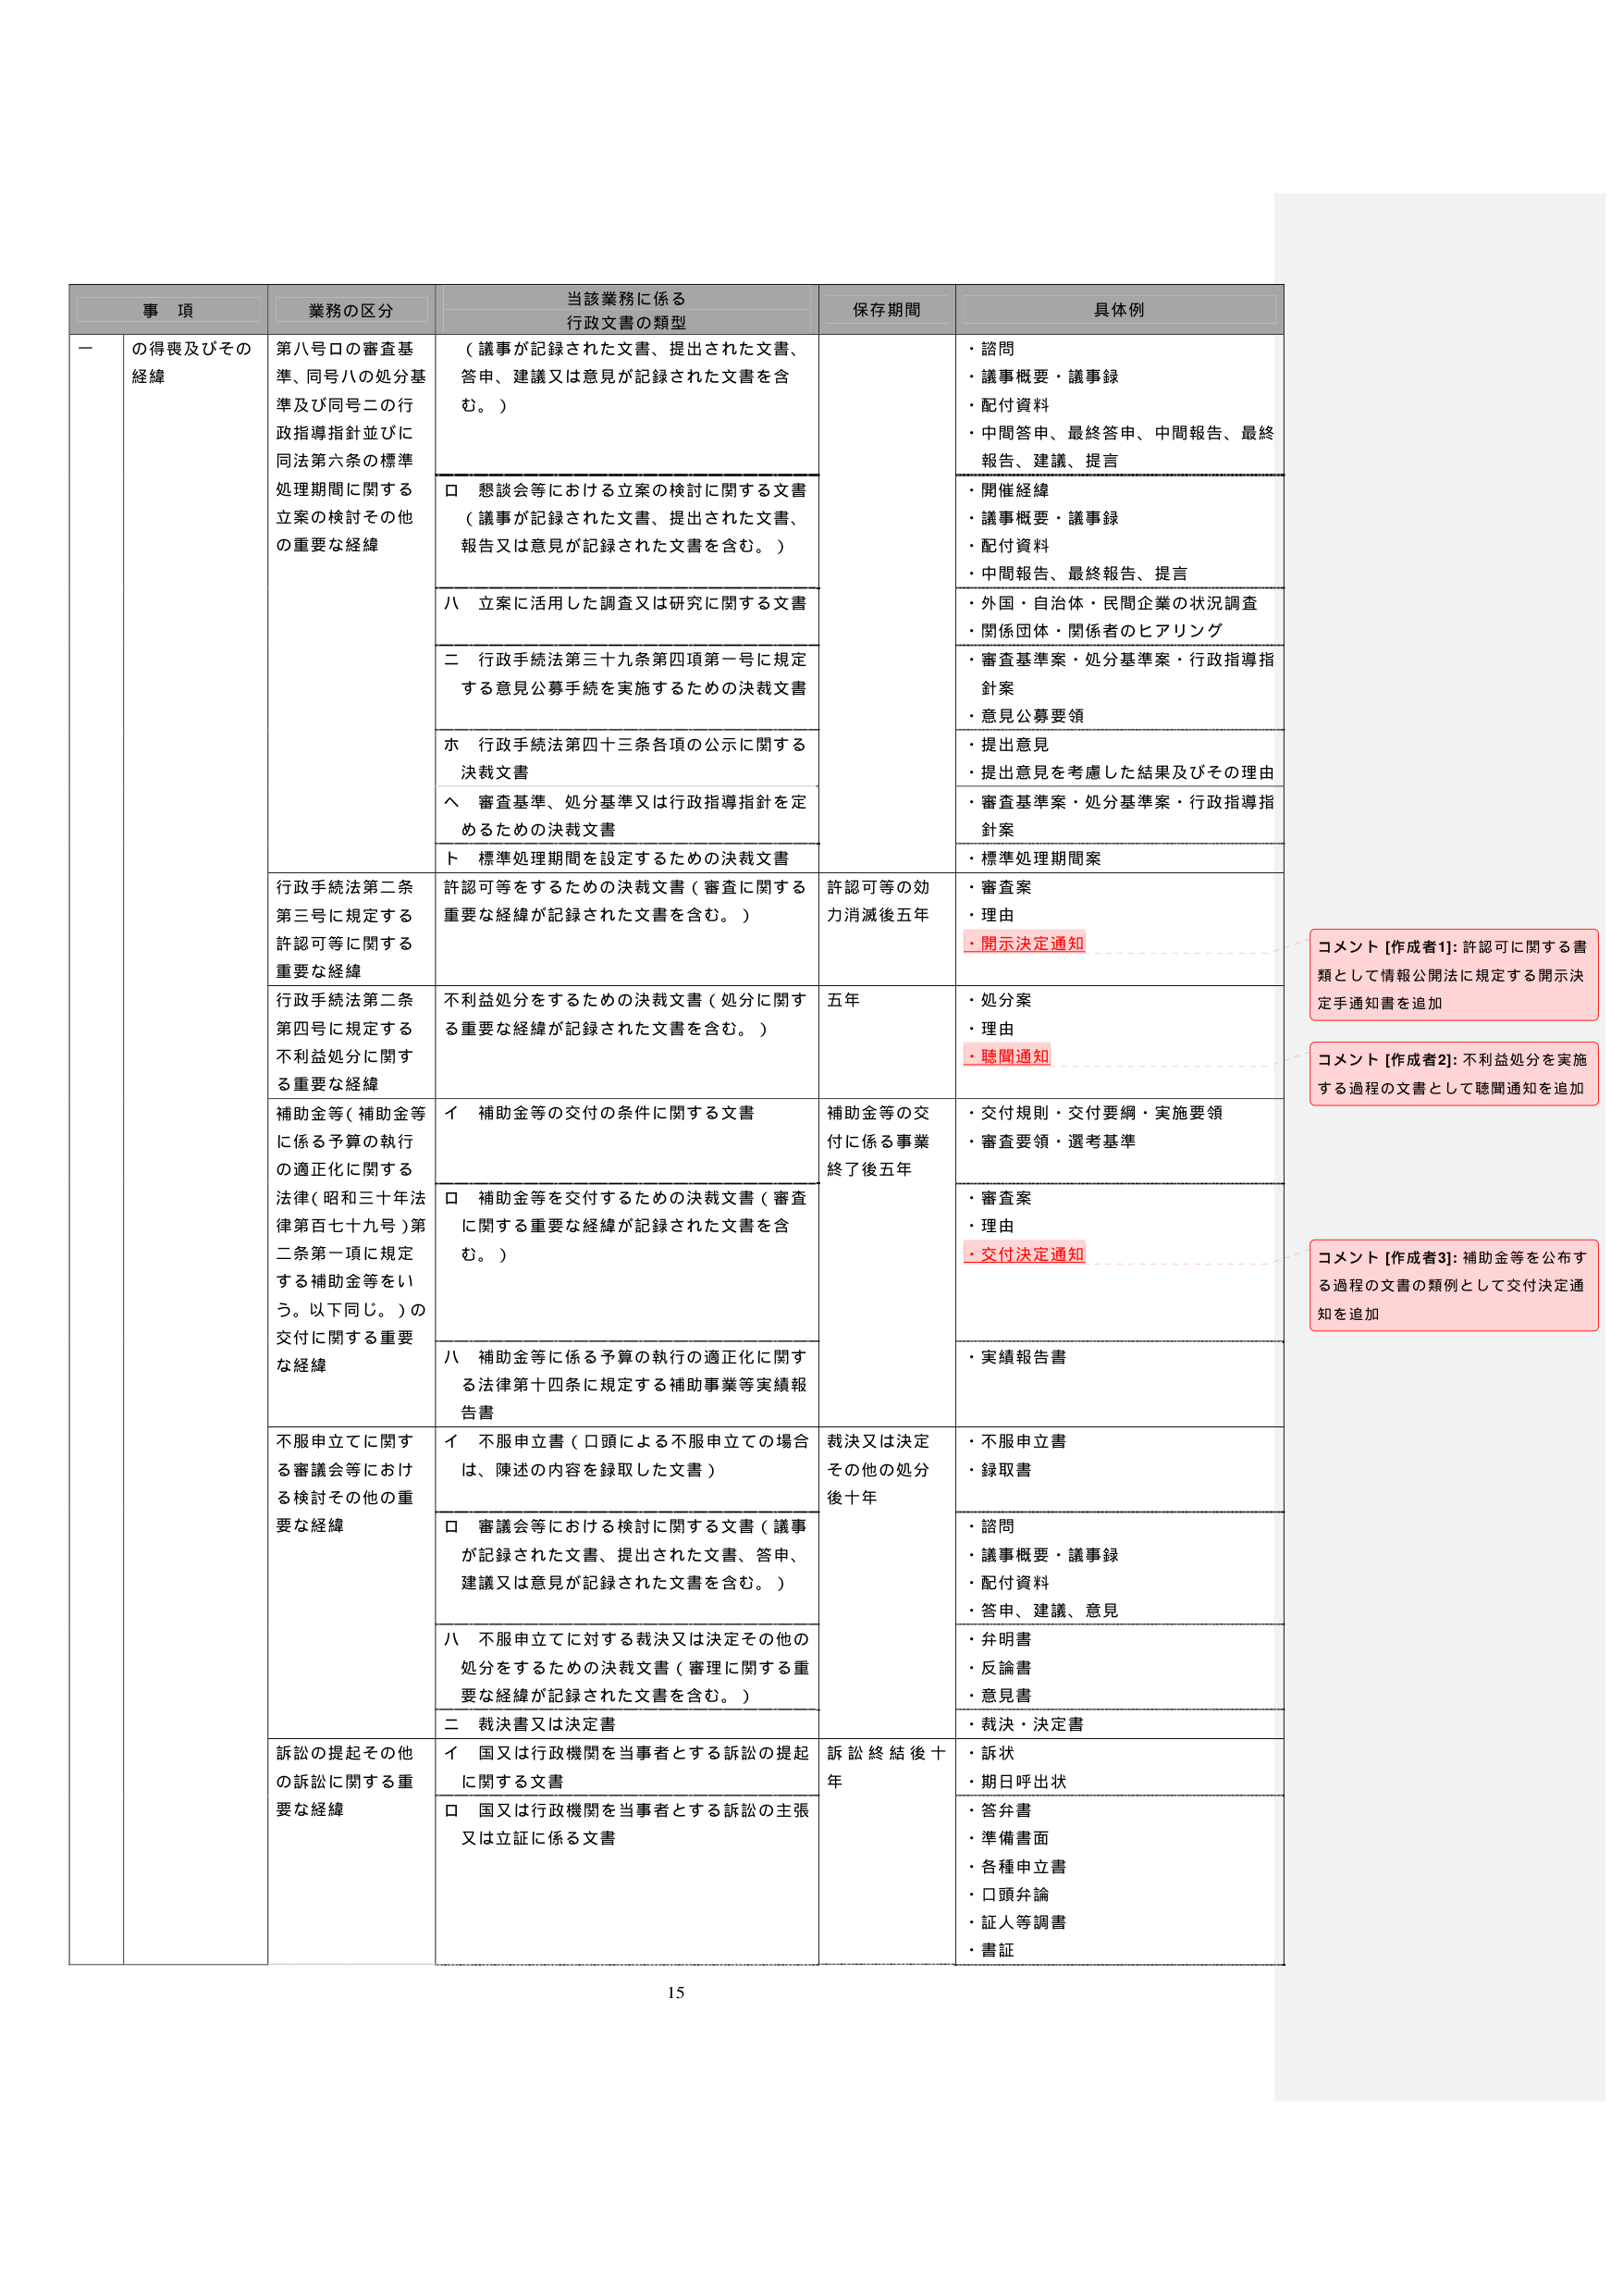
事 項
業務の区分
当該業務に係る
行政文書の類型
保存期間
具体例
一
の得喪及びその
経緯
第八号口の審査基
準、同号八の処分基
準及び同号二の行
政指導指針並びに
同法第六条の標準
処理期間に関する
立案の検討その他
の重要な経緯
（議事が記録された文書、提出された文書、
答申、建議又は意見が記録された文書を含
む。）
・諮問
・議事概要・議事録
・配付資料
・中間答申、最終答申、中間報告、最終
報告、建議、提言
口 懇談会等における立案の検討に関する文書
（議事が記録された文書、提出された文書、
報告又は意見が記録された文書を含む。）
・開催経緯
・議事概要・議事録
・配付資料
・中間報告、最終報告、提言
八 立案に活用した調査又は研究に関する文書
・外国・自治体・民間企業の状況調査
・関係団体・関係者のヒアリング
二 行政手続法第三十九条第四項第一号に規定
する意見公募手続を実施するための決裁文書
・審査基準案・処分基準案・行政指導指
針案
・意見公募要領
ホ 行政手続法第四十三条各項の公示に関する
決裁文書
・提出意見
・提出意見を考慮した結果及びその理由
ヘ 審査基準、処分基準又は行政指導指針を定
めるための決裁文書
・審査基準案・処分基準案・行政指導指
針案
ト 標準処理期間を設定するための決裁文書
・標準処理期間案
行政手続法第二条
第三号に規定する
許認可等に関する
重要な経緯
許認可等をするための決裁文書（審査に関する
重要な経緯が記録された文書を含む。）
許認可等の効
力消滅後五年
・審査案
・理由
・開示決定通知
コメント [作成者1]: 許認可に関する書
類として情報公開法に規定する開示決
定手通知書を追加
行政手続法第二条
第四号に規定する
不利益処分に関す
る重要な経緯
不利益処分をするための決裁文書（処分に関す
る重要な経緯が記録された文書を含む。）
五年
・処分案
・理由
・聴聞通知
コメント [作成者2]: 不利益処分を実施
する過程の文書として聴聞通知を追加
補助金等（補助金等
に係る予算の執行
の適正化に関する
法律（昭和三十年法
律第百七十九号）第
二条第一項に規定
する補助金等をい
う。以下同じ。）の
交付に関する重要
な経緯
イ 補助金等の交付の条件に関する文書
補助金等の交
付に係る事業
終了後五年
・交付規則・交付要綱・実施要領
・審査要領・選考基準
口 補助金等を交付するための決裁文書（審査
に関する重要な経緯が記録された文書を含
む。）
・審査案
・理由
・交付決定通知
コメント [作成者3]: 補助金等を公布す
る過程の文書の類例として交付決定通
知を追加
八 補助金等に係る予算の執行の適正化に関す
る法律第十四条に規定する補助事業等実績報
告書
・実績報告書
不服申立てに関す
る審議会等におけ
る検討その他の重
要な経緯
イ 不服申立書（口頭による不服申立ての場合
は、陳述の内容を録取した文書）
裁決又は決定
その他の処分
後十年
・不服申立書
・録取書
口 審議会等における検討に関する文書（議事
が記録された文書、提出された文書、答申、
建議又は意見が記録された文書を含む。）
・諮問
・議事概要・議事録
・配付資料
・答申、建議、意見
八 不服申立てに対する裁決又は決定その他の
処分をするための決裁文書（審理に関する重
要な経緯が記録された文書を含む。）
・弁明書
・反論書
・意見書
二 裁決書又は決定書
・裁決・決定書
訴訟の提起その他
の訴訟に関する重
要な経緯
イ 国又は行政機関を当事者とする訴訟の提起
に関する文書
訴訟終結後十
年
・訴状
・期日呼出状
口 国又は行政機関を当事者とする訴訟の主張
又は立証に係る文書
・答弁書
・準備書面
・各種申立書
・口頭弁論
・証人等調書
・書証
15